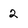
Character: 2